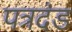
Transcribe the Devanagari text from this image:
पत्रदंड